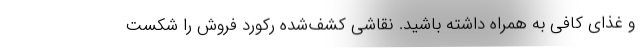
و غذای کافی به همراه داشته باشید. نقاشی کشف‌شده رکورد فروش را شکست